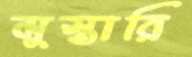
মুস্তারি